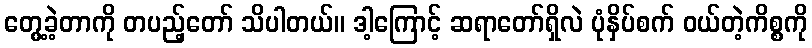
တွေ့ခဲ့တာကို တပည့်တော် သိပါတယ်။ ဒါ့ကြောင့် ဆရာတော်ရှိလဲ ပုံနှိပ်စက် ဝယ်တဲ့ကိစ္စကို